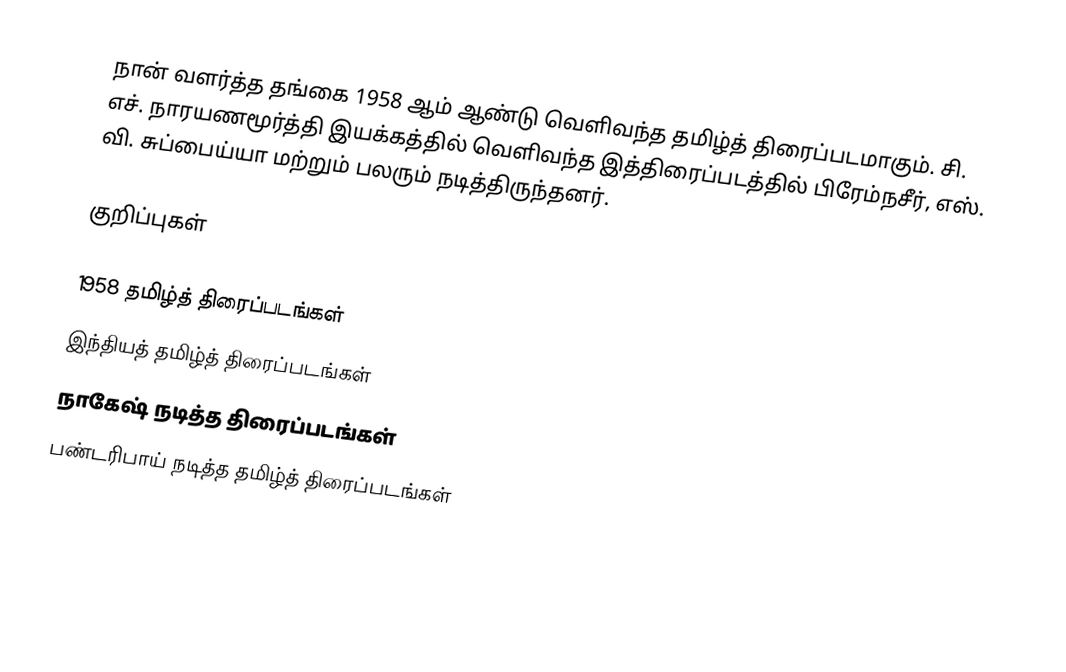
நான் வளர்த்த தங்கை 1958 ஆம் ஆண்டு வெளிவந்த தமிழ்த் திரைப்படமாகும். சி. எச். நாரயணமூர்த்தி இயக்கத்தில் வெளிவந்த இத்திரைப்படத்தில் பிரேம்நசீர், எஸ். வி. சுப்பைய்யா மற்றும் பலரும் நடித்திருந்தனர்.

குறிப்புகள்

1958 தமிழ்த் திரைப்படங்கள்
இந்தியத் தமிழ்த் திரைப்படங்கள்
நாகேஷ் நடித்த திரைப்படங்கள்
பண்டரிபாய் நடித்த தமிழ்த் திரைப்படங்கள்